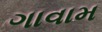
ગાવામ